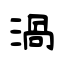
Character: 渦